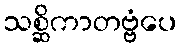
သစ္ဆိကာတဗ္ဗံပေ